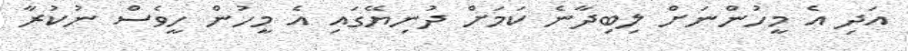
އަދި އެ މީހުންނަށް ލިބިދާނެ ކަމަށް ދުނިޔޭގައި އެ މީހުން ހީވެސް ނުކުރާ